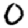
Digit: 0